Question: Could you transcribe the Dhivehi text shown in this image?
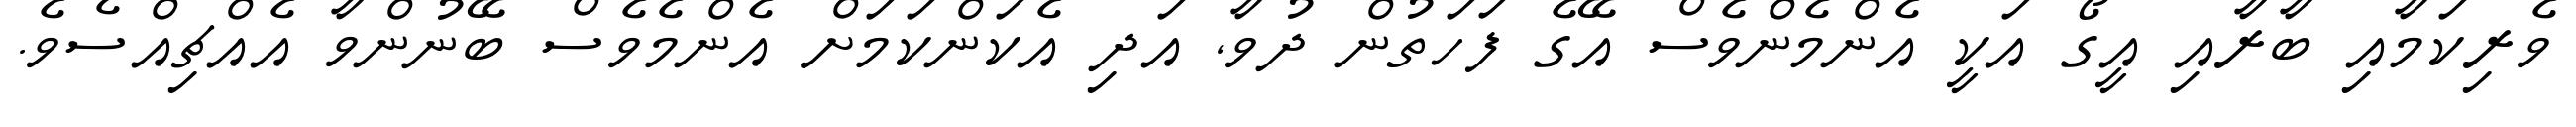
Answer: ވެރިކަމާއި ބާރާއި އީގޯ އަކީ އެންމެންވެސް އޭގެ ފަހަތުން ދުވާ, އަދި އެކަންކަމަށް އެންމެވެސް ބޭނުންވާ އެއްޗިއްސެވެ.